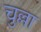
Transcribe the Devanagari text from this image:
चुल्ला